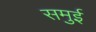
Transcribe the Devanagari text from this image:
समुई